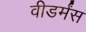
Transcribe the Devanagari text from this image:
वीडर्मंस